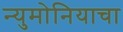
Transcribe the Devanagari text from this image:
न्युमोनियाचा